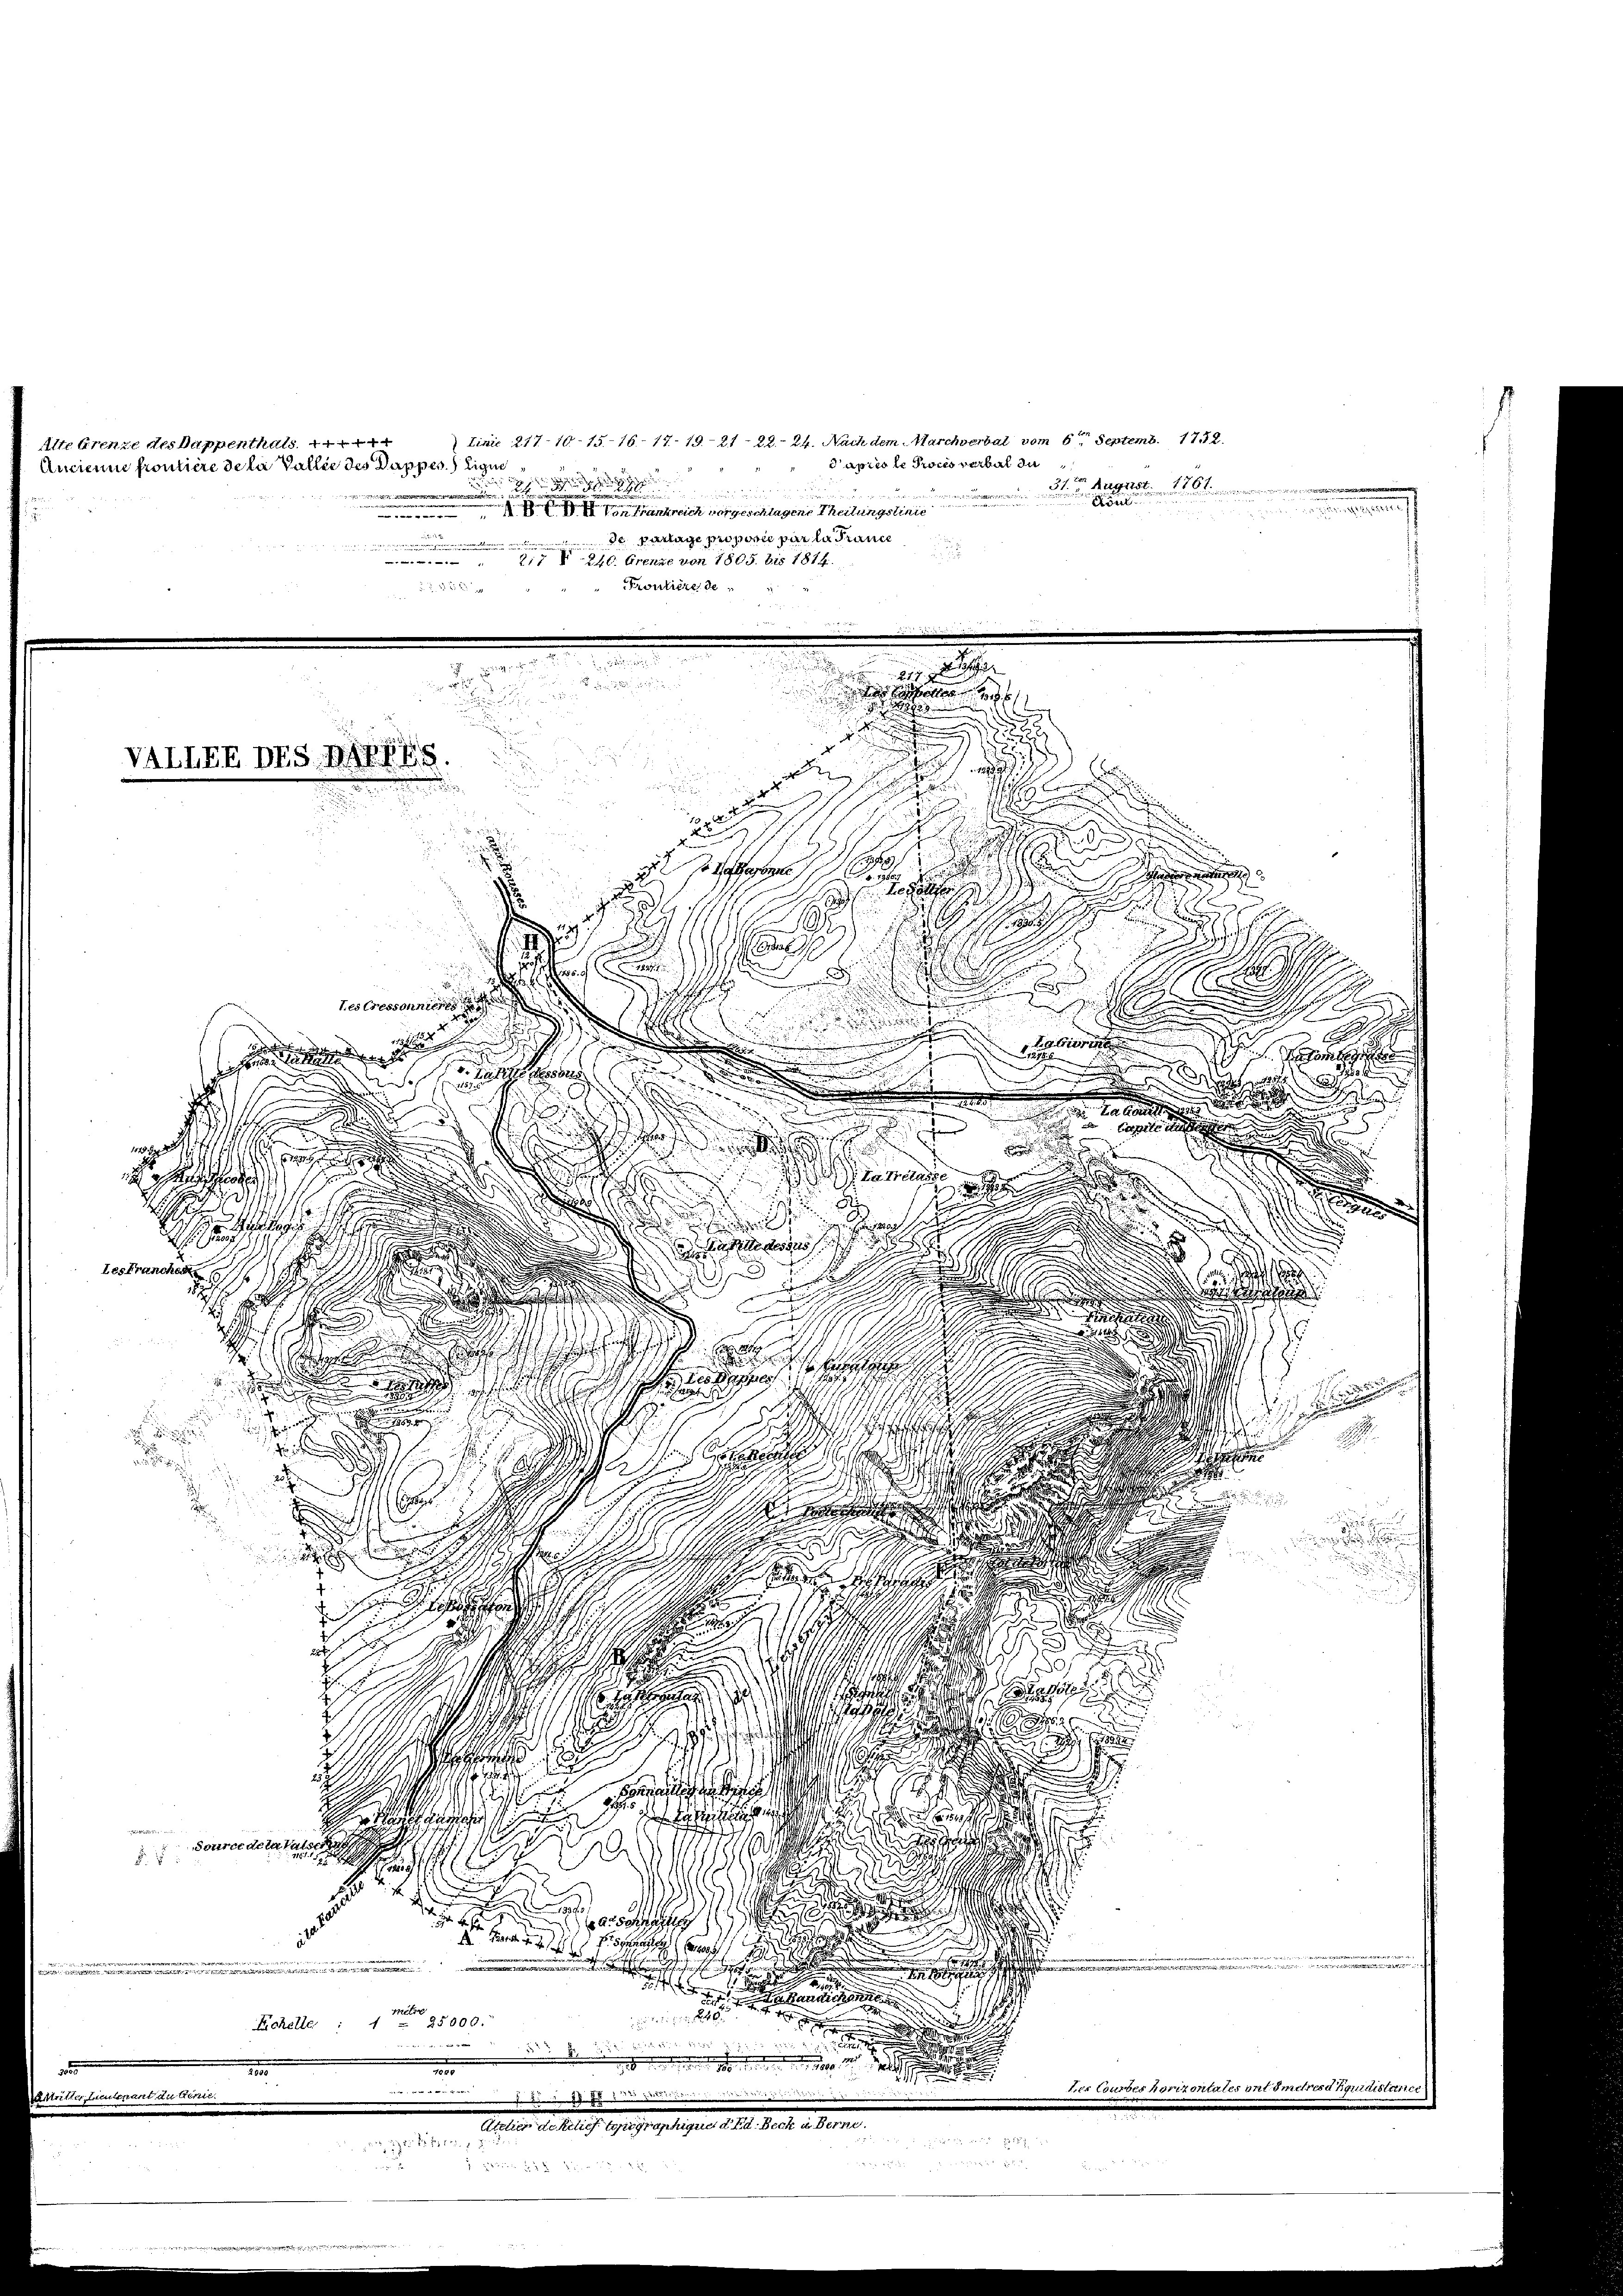
lte Grenze des Dappenthals
Ancienne froutiere de la Gallie des Puppes.) Eigen

ALLEE DES RES

Linie 217 10 15 16 17. 19. 2122. 24. Nachdem Marchverbat vom 6ten Septemb. 172.
dapico le Proces verbal da

. u. 16

Biel
n
mnnreich vorgeschlagene Theilungslinie
de Parlage proposée par la Prance
ieen einen

i

217 § 240. Grenze von 1805. bis 1814.
"Proutiere de
32 xx

.

.

 ohne

.
u

1 Messel
s
des Cressonniere
i

. teilet werden

ba di

112

.

LesFrancheste

n
a
e
 11.
Li
1

source de tat als er sie es sie sie
1
2

d
9
.
a

e
.

ar
Metre
r
und ein ein
Eichelle : 1 - 25000.
222 23 x
e
e

 dedischen . . . . . . . . 10. d. 1
n
.
der Courses vonzontales ont mehres Konsistance
d
ereutenant du benic
Atelier dehelief topographique d. d. Beck aberne
  818
   2122

r

r 41 x